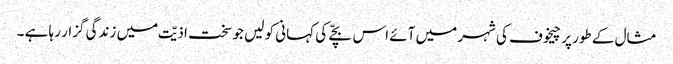
مثال کے طور پر چیخوف کی شہر میں آئے اس بچّے کی کہانی کو لیں جو سخت اذیّت میں زندگی گزار رہا ہے ۔